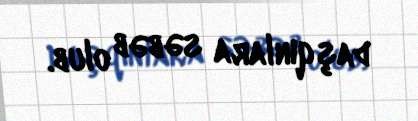
daşqınlara səbəb olub.